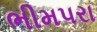
ભીમપરા